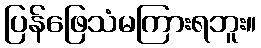
ပြန်ဖြေသံမကြားရဘူး။